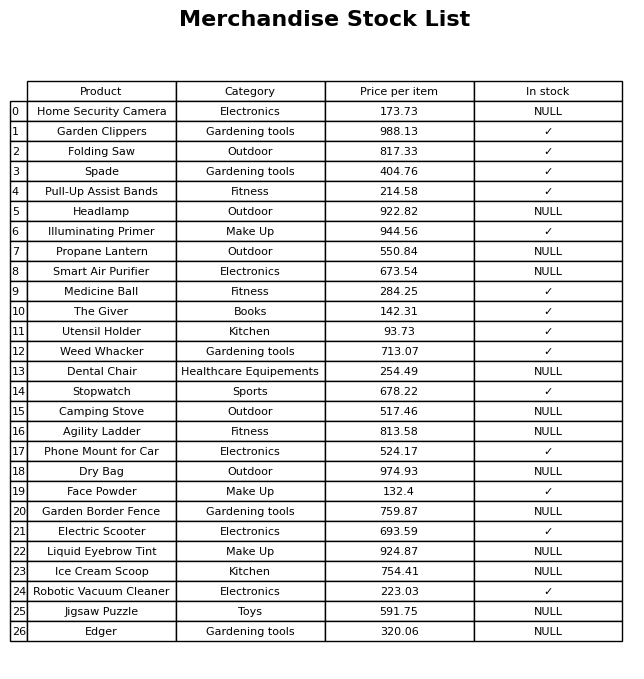
question: What is the price for Spade?
answer: The price of Spade is 404.76.